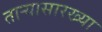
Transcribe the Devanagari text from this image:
ताऱ्यासारख्या